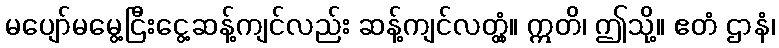
မပျော်မမွေ့ငြီးငွေ့ဆန့်ကျင်လည်း ဆန့်ကျင်လတ္တံ့။ ဣတိ၊ ဤသို့။ ဧတံ ဌာနံ၊